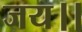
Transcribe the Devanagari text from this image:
जय।।